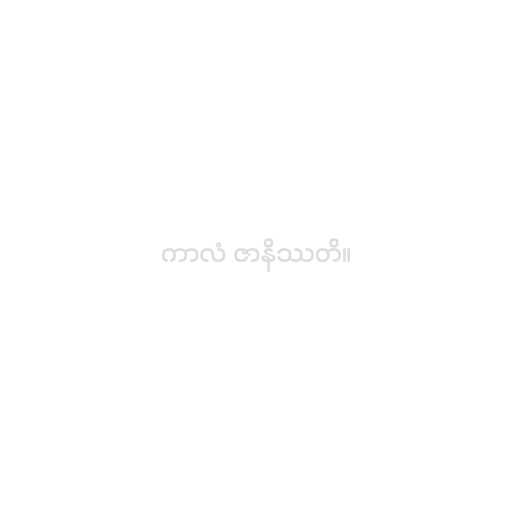
ကာလံ ဇာနိဿတိ။